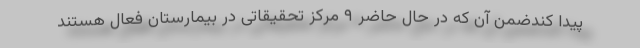
پیدا کندضمن آن که در حال حاضر ۹ مرکز تحقیقاتی در بیمارستان فعال هستند